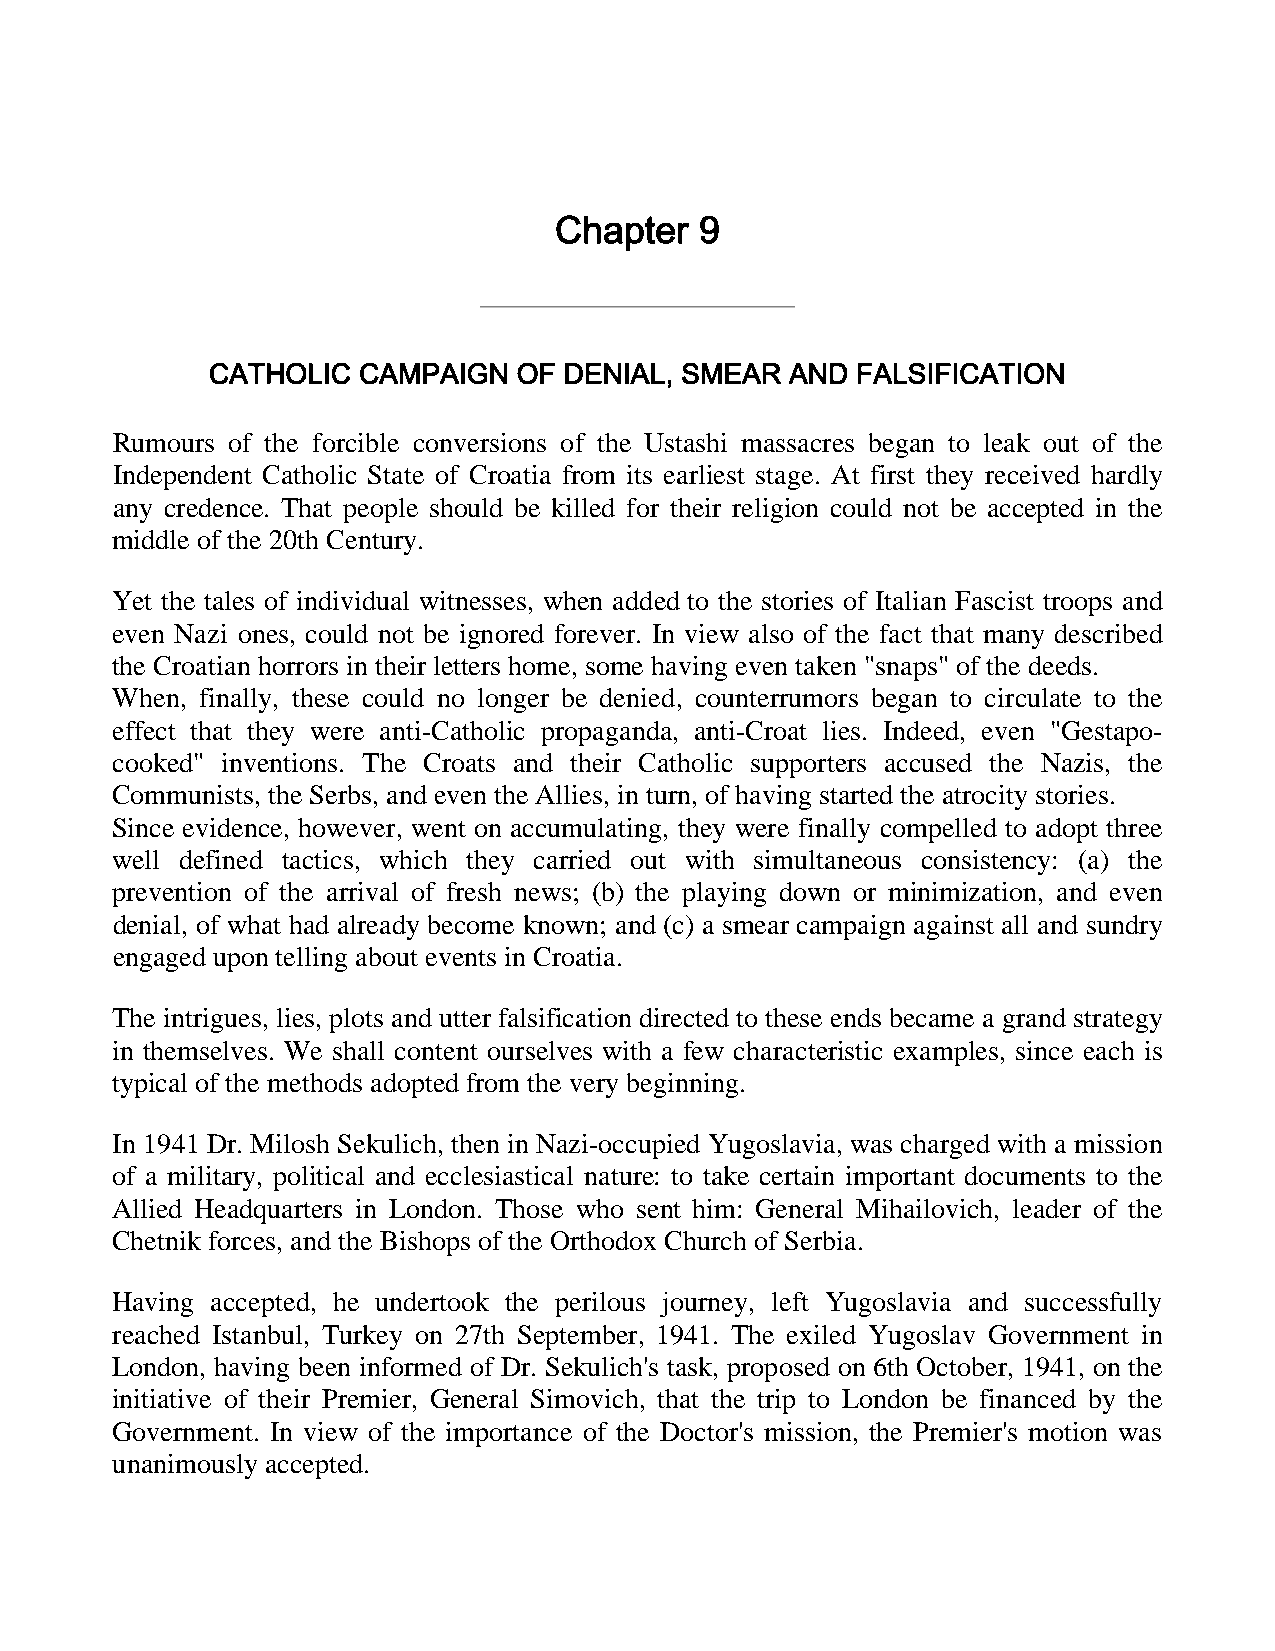
Chapter  9
 CATHOLIC  CAMPAIGN  OF DENIAL, SMEAR  AND  FALSIFICATION
 Rumours of the forcible conversions of the Ustashi massacres began to leak out of the
 Independent Catholic State of Croatia from its earliest stage. At first they received hardly
 any credence. That people should be killed for their religion could not be accepted in the
 middle of the 20th Century.
 Yet the tales of individual witnesses, when added to the stories of Italian Fascist troops and
 even Nazi ones, could not be ignored forever. In view also of the fact that many described
 the Croatian horrors in their letters home, some having even taken "snaps" of the deeds.
 When, finally, these could no longer be denied, counterrumors began to circulate to the
 effect that they were anti-Catholic propaganda, anti-Croat lies. Indeed, even "Gestapo-
 cooked" inventions. The Croats and their Catholic supporters accused the Nazis, the
 Communists, the Serbs, and even the Allies, in turn, of having started the atrocity stories.
 Since evidence, however, went on accumulating, they were finally compelled to adopt three
 well defined tactics, which they carried out with simultaneous consistency: (a) the
 prevention of the arrival of fresh news; (b) the playing down or minimization, and even
 denial, of what had already become known; and (c) a smear campaign against all and sundry
 engaged upon telling about events in Croatia.
 The intrigues, lies, plots and utter falsification directed to these ends became a grand strategy
 in themselves. We shall content ourselves with a few characteristic examples, since each is
 typical of the methods adopted from the very beginning.
 In 1941 Dr. Milosh Sekulich, then in Nazi-occupied Yugoslavia, was charged with a mission
 of a military, political and ecclesiastical nature: to take certain important documents to the
 Allied Headquarters in London. Those who sent him: General Mihailovich, leader of the
 Chetnik forces, and the Bishops of the Orthodox Church of Serbia.
 Having accepted, he undertook the perilous journey, left Yugoslavia and successfully
 reached Istanbul, Turkey on 27th September, 1941. The exiled Yugoslav Government in
 London, having been informed of Dr. Sekulich's task, proposed on 6th October, 1941, on the
 initiative of their Premier, General Simovich, that the trip to London be financed by the
 Government. In view of the importance of the Doctor's mission, the Premier's motion was
 unanimously accepted.